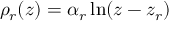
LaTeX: \rho _ { r } ( z ) = \alpha _ { r } \ln ( z - z _ { r } )